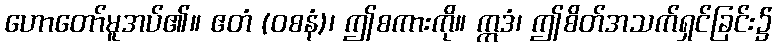
ဟောတော်မူအပ်၏။ ဧတံ (ဝစနံ)၊ ဤစကားကို။ ဣဒံ၊ ဤစိတ်အသက်ရှင်ခြင်း၌